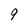
Character: 9